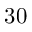
3 0